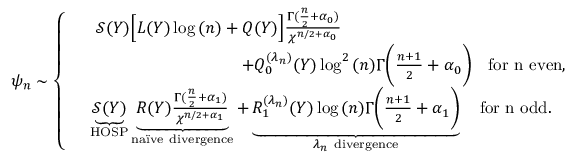
\psi _ { n } \sim \left\{ \begin{array} { r l } & { ~ \mathcal { S } ( Y ) \Big [ L ( Y ) \log { ( n ) } + Q ( Y ) \Big ] \frac { \Gamma ( \frac { n } { 2 } + \alpha _ { 0 } ) } { \chi ^ { n / 2 + \alpha _ { 0 } } } \qquad } \\ & { \qquad \qquad \qquad \qquad \quad + Q _ { 0 } ^ { ( \lambda _ { n } ) } ( Y ) \log ^ { 2 } { ( n ) } \Gamma \bigg ( \frac { n + 1 } { 2 } + \alpha _ { 0 } \bigg ) \quad \mathrm { f o r ~ n ~ e v e n } , } \\ & { \underbrace { \mathcal { S } ( Y ) } _ { \mathrm { H O S P } } \underbrace { R ( Y ) \frac { \Gamma ( \frac { n } { 2 } + \alpha _ { 1 } ) } { \chi ^ { n / 2 + \alpha _ { 1 } } } } _ { \mathrm { n a \" i v e ~ d i v e r g e n c e } } + \underbrace { R _ { 1 } ^ { ( \lambda _ { n } ) } ( Y ) \log { ( n ) } \Gamma \bigg ( \frac { n + 1 } { 2 } + \alpha _ { 1 } \bigg ) } _ { { \lambda _ { n } \mathrm { ~ d i v e r g e n c e } } } \quad \mathrm { f o r ~ n ~ o d d } . } \end{array} \right.